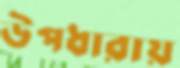
উপধারায়